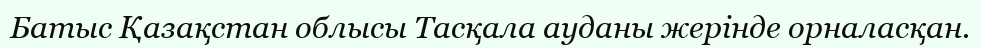
Батыс Қазақстан облысы Тасқала ауданы жерінде орналасқан.